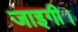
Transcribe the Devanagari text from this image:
जाइगी।